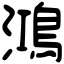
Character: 鴻